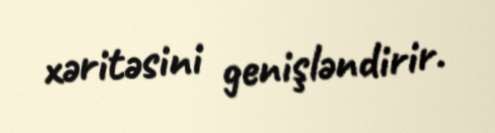
xəritəsini genişləndirir.